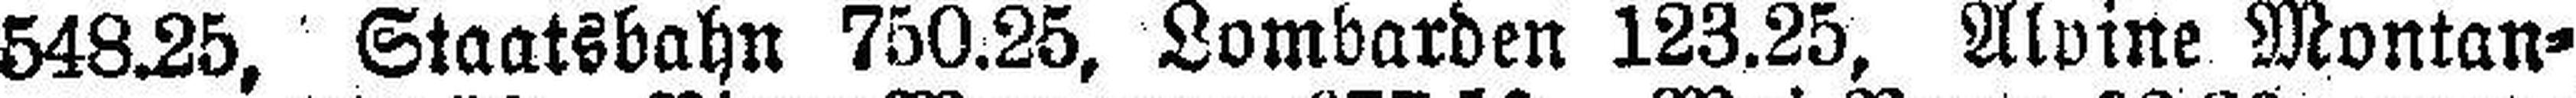
548.25, Staatsbahn 750.25, Lombarden 123.25, Alvine Montan¬